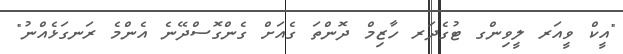
"އީކް ވީއަރ ލީވިންގ ޓުގެދަރ ހާޒިމް ދޮންތަ ގެއަށް ގެންގޮސްދޭނެ އެންމެ ރަނގަޅެއްނު"